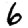
Digit: 6